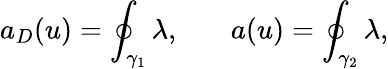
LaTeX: a_{D}(u)=\oint_{\gamma_{1}}\lambda,\: \: \: \: \: \: \: \: a(u)=\oint_{\gamma_{2}}\lambda,